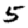
Digit: 5